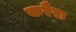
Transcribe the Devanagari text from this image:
करैरा